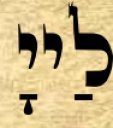
לַייָ